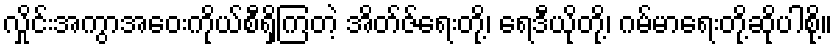
လှိုင်းအကွာအဝေးကိုယ်စီရှိကြတဲ့ အိတ်ဇ်ရေးတို့၊ ရေဒီယိုတို့၊ ဂမ်မာရေးတို့ဆိုပါစို့။